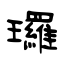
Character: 㼈